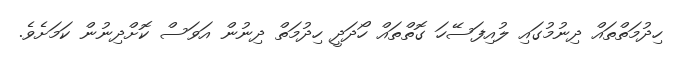
ހިދުމަތްތައް ދިނުމުގައި ލުއިފަސޭހަ ގޮތްތައް ހޯދަދީ ހިދުމަތް ދިނުން އަވަސް ކޮށްދިނުން ކަމަށެވެ.